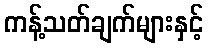
ကန့်သတ်ချက်များနှင့်